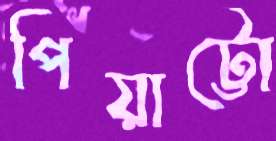
পিয়াট্টো